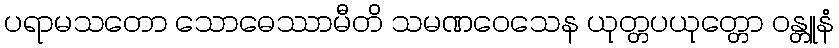
ပရာမသတော သောဓေဿာမီတိ သမဏဝေသေန ယုတ္တပယုတ္တော ဝန္တူနံ